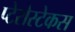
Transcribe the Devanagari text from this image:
प्टेरोस्टेकस